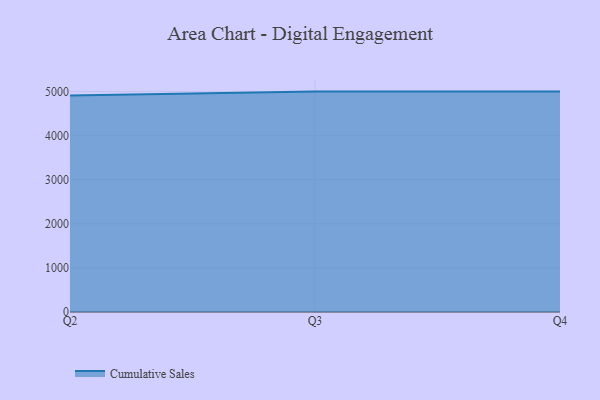
{"axis": {"x": "Quarter", "y": "Waste Production (Tons)"}, "legend": ["Cumulative Sales"], "data": [{"x": "Q2", "y": 4913.0, "type": "Cumulative Sales"}, {"x": "Q3", "y": 5000, "type": "Cumulative Sales"}, {"x": "Q4", "y": 5000, "type": "Cumulative Sales"}]}